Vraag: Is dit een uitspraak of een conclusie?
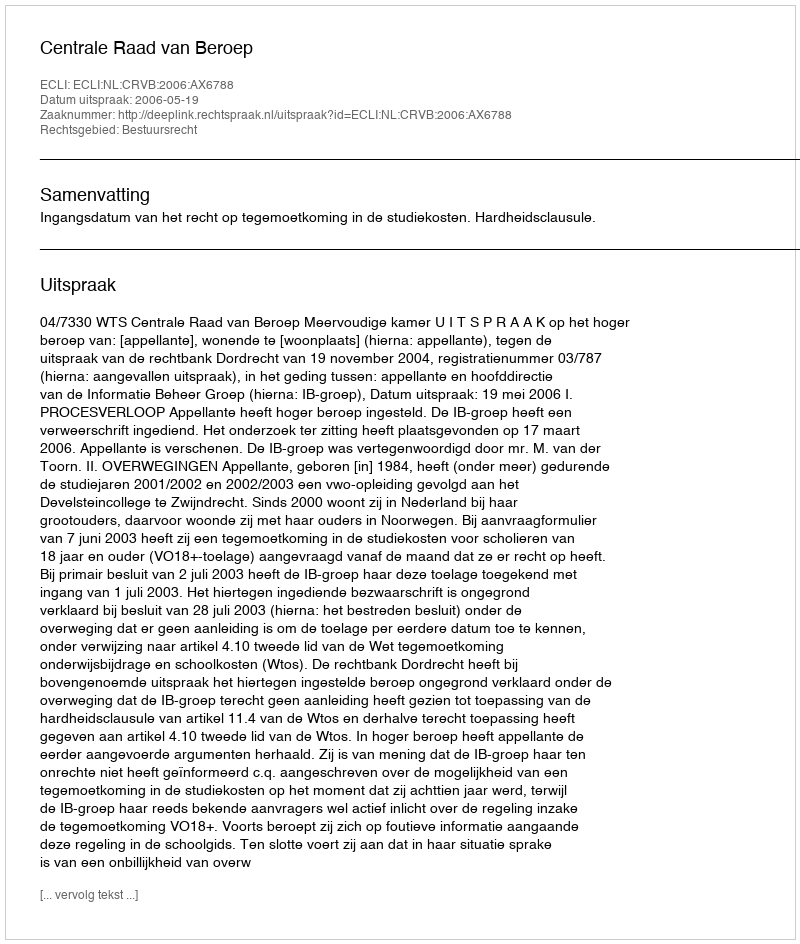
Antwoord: Uitspraak